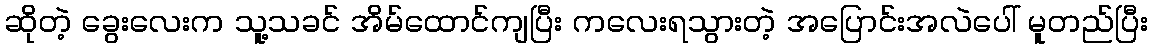
ဆိုတဲ့ ခွေးလေးက သူ့သခင် အိမ်ထောင်ကျပြီး ကလေးရသွားတဲ့ အပြောင်းအလဲပေါ် မူတည်ပြီး